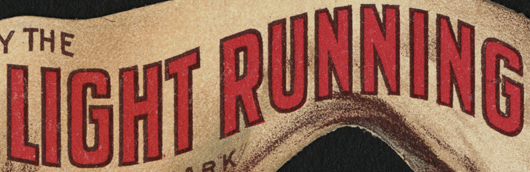
LIGHT RUNNING